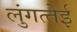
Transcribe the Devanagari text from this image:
लुंगत्‍तेई